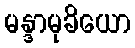
မန္ဒာမုခိယော